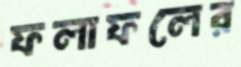
ফলাফলের